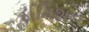
ઈમિશન